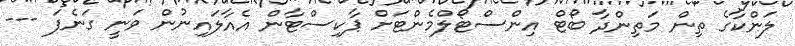
ލަންކާގެ ތިން މަތިންދާ ބޯޓް އިންސްޓޯލްމެންޓަށް ޕާކިސްޓާން އެއާލައިނުން ވަނީ ގަނެފަ ---